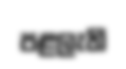
පළලැති